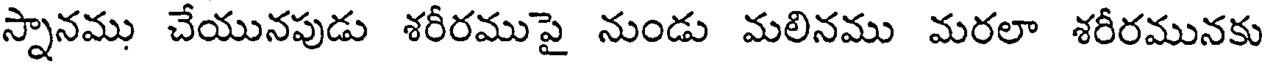
స్నానము చేయునపుడు శరీరముపై నుండు మలినము మరలా శరీరమునకు